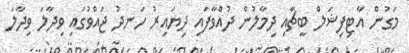
މަގުން އާޓިފިޝަލް ބީޗާއި ދިމާލުން ދުއްވާފައި ދިޔައިރު ހަނދު ޖައްވުގައި ވިދާލަ ވިދާލަ